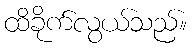
ထိခိုက်လွယ်သည်။